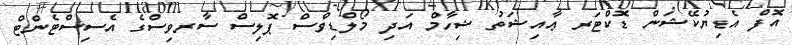
އޮފް އެޑިޔުކޭޝަން ޑޮކްޓަރ ޢާއިޝަތު ޝިހާމް އަދި މޯލްޑިވްސް ޕޮލިސް ސާރވިސްގެ އެސިސްޓެންޓް